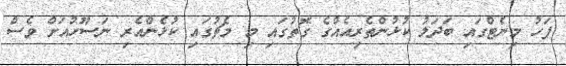
ފަހު މިނެޓްގައި ބަދަލު ކުޅުންތެރިއެއްގެ ގޮތުގައި މި މެޗުގައި ކުޅެންއެރި ނަސޫހުއަށް ވެސް